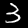
Label: 3